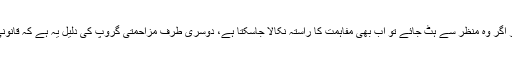
بالکل اسی طرح ن لیگ کے مفاہمتی گروپ کا دعویٰ ہے کہ سارا کام مریم نے خراب کیا اور اگر وہ منظر سے ہٹ جائے تو اب بھی مفاہمت کا راستہ نکالا جاسکتا ہے، دوسری طرف مزاحمتی گروپ کی دلیل یہ ہے کہ قانونی راستے بند ہوچکے اب واحد راستہ جارحانہ سیاست ہے اسی سے مفاہمت کاراستہ نکلے گا۔